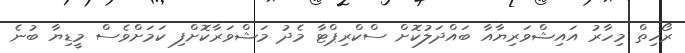
ރޯހިތް މިހާރު އައިޝްވަރިޔާއާ ބައްދަލުކޮށް ސްކްރިޕްޓާ މެދު މަޝްވަރާކޮށްފި ކަމަށްވެސް މީޑިޔާ ބުނެ